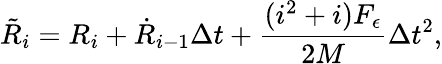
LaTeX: \tilde{R}_{i}=R_{i}+\dot{R}_{i-1}\Delta t+\frac{(i^{2}+i){F_{\epsilon}}}{2M}\Delta t^{2},